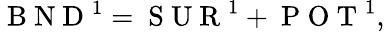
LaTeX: \mathrm{~B~N~D~}^{1}=\mathrm{~S~U~R~}^{1}+\mathrm{~P~O~T~}^{1},